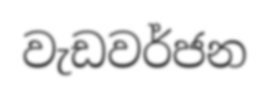
වැඩවර්ජන